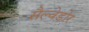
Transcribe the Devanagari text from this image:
सैल्वेडोर